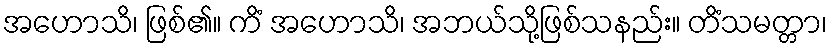
အဟောသိ၊ ဖြစ်၏။ ကိံ အဟောသိ၊ အဘယ်သို့ဖြစ်သနည်း။ တိံသမတ္တာ၊